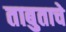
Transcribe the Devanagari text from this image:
ताबुताचे